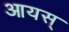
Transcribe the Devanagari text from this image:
आयस्